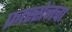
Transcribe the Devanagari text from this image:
फ्रास्सेनचा